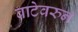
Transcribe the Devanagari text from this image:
वाटेवरुन